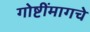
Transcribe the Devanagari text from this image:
गोष्टींमागचे